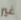
غير